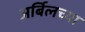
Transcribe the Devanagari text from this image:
अर्बिलच्या